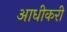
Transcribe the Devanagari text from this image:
आधीकरी